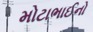
મોટાભાઈનો